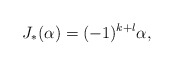
\begin{align*}J_*(\alpha) = (-1)^{k+l}\alpha,\end{align*}